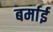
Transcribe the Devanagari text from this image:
बर्माई